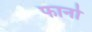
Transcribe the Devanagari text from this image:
फानो